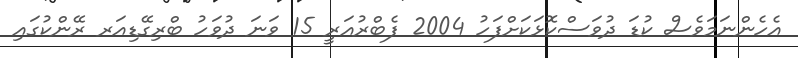
އެހެންނަމަވެސް ކުޑަ ދުވަސްކޮޅަކަށްފަހު 2004 ފެބްރުއަރީ 15 ވަނަ ދުވަހު ބްރިގޭޑިއަރ ރޭންކުގައި